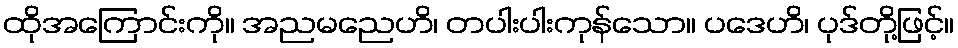
ထိုအကြောင်းကို။ အညမညေဟိ၊ တပါးပါးကုန်သော။ ပဒေဟိ၊ ပုဒ်တို့ဖြင့်။